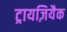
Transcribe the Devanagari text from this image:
ट्रायज़ियैक